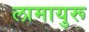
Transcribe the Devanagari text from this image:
लामायुरू